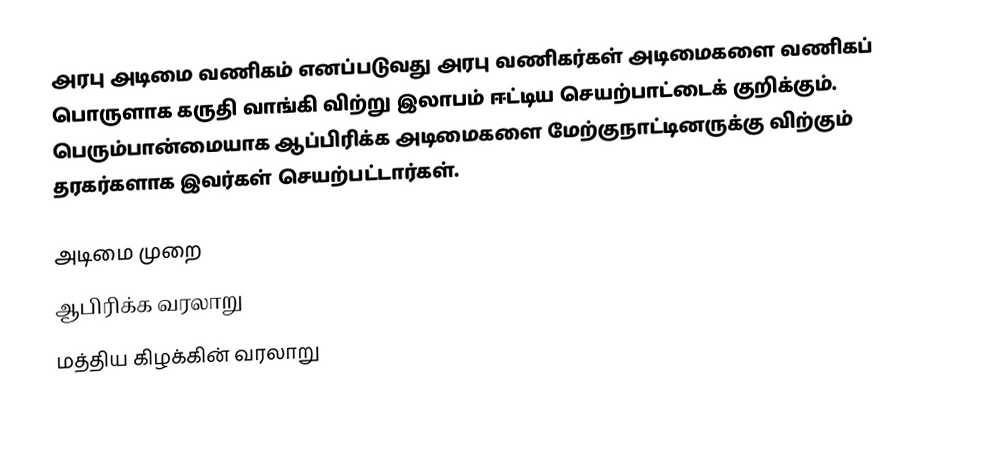
அரபு அடிமை வணிகம் எனப்படுவது அரபு வணிகர்கள் அடிமைகளை வணிகப் பொருளாக கருதி வாங்கி விற்று இலாபம் ஈட்டிய செயற்பாட்டைக் குறிக்கும். பெரும்பான்மையாக ஆப்பிரிக்க அடிமைகளை மேற்குநாட்டினருக்கு விற்கும் தரகர்களாக இவர்கள் செயற்பட்டார்கள்.

அடிமை முறை
ஆபிரிக்க வரலாறு
மத்திய கிழக்கின் வரலாறு